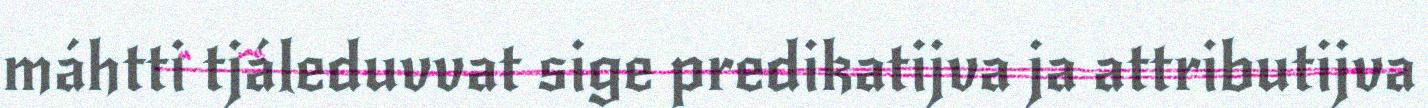
máhtti tjáleduvvat sige predikatijva ja attributijva